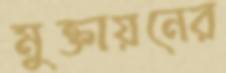
মুক্তায়নের